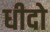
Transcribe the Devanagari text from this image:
धीदो